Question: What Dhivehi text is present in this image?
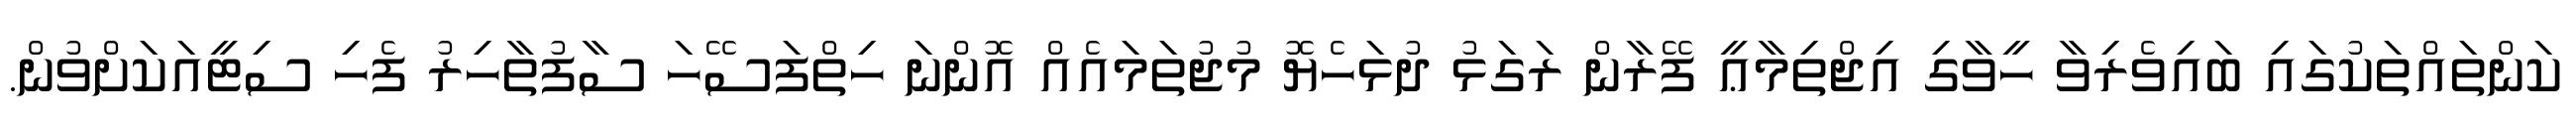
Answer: ކަންތައްތަކުގައި ބައިވެރިވާ ހީވާގި އިޖްތިމާޢީ ފޭރާން ރަގަޅު ދުޅަހެޔޮ މުޖުތަމައެއް އޮންނަ ހިތްފަސޭހަ ސާފުތާހިރު ފެހި ސިޓީއަކަށްވުން.